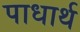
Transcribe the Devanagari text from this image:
पाधार्थ